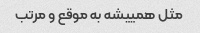
مثل همییشه به موقع و مرتب